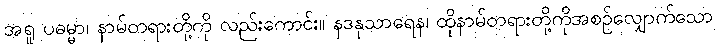
အရူ ပဓမ္မာ၊ နာမ်တရားတို့ကို လည်းကောင်း။ နဒနုသာရေန၊ ထိုနာမ်တရားတို့ကိုအစဉ်လျှောက်သော